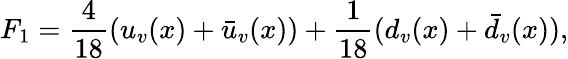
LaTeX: F_{1}=\frac{4}{18}(u_{v}(x)+\bar{u}_{v}(x))+\frac{1}{18}(d_{v}(x)+\bar{d}_{v}(x)),